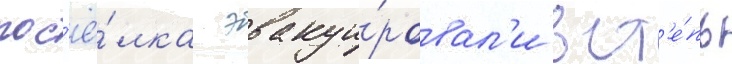
пос'ё́лка эвакуи́ровал'и в ст'е́пь